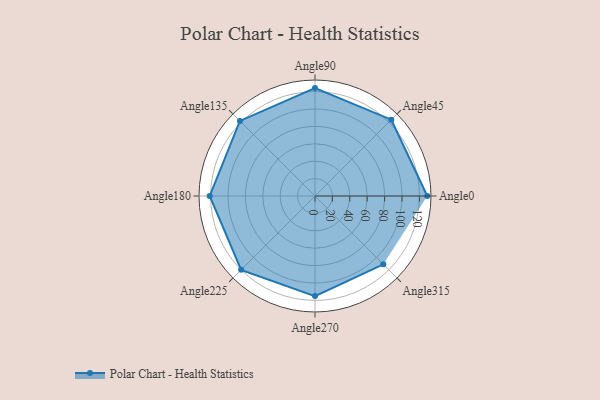
{"axis": {"x": "Angle", "y": "Radius"}, "legend": [""], "data": [{"x": "Angle0", "y": 129.0, "type": ""}, {"x": "Angle45", "y": 124.0, "type": ""}, {"x": "Angle90", "y": 124.0, "type": ""}, {"x": "Angle135", "y": 122.0, "type": ""}, {"x": "Angle180", "y": 121.0, "type": ""}, {"x": "Angle225", "y": 120.0, "type": ""}, {"x": "Angle270", "y": 115.0, "type": ""}, {"x": "Angle315", "y": 111.0, "type": ""}]}